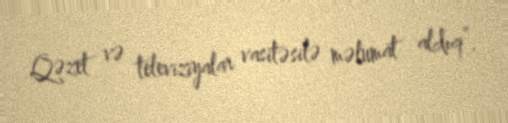
Qəzet və televiziyalar vasitəsilə məlumat aldıq”.